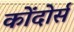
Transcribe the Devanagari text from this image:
कोंदोर्स